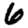
Digit: 6